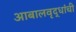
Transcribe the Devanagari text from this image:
आबालवृद्धांची